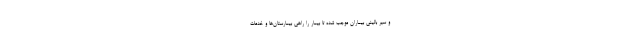
و سیر بالینی بیماران موجب شده تا بیمار را راهی بیمارستان‌ها و خدمات